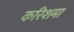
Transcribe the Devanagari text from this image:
करिशमा